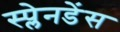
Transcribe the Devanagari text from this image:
स्प्लेनडेंस